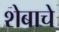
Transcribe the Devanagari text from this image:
शेबाचे